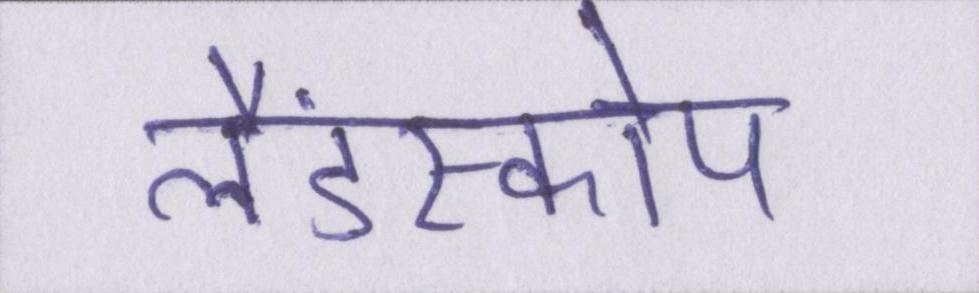
लैंडस्कोप